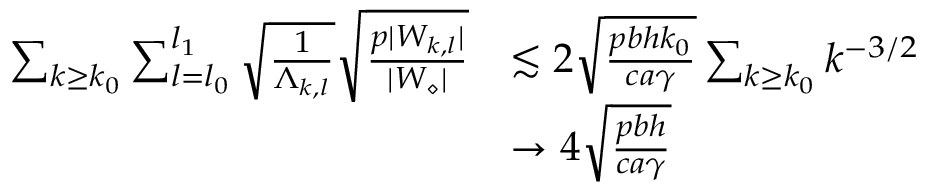
\begin{array} { r l } { \sum _ { k \geq k _ { 0 } } \sum _ { l = l _ { 0 } } ^ { l _ { 1 } } \sqrt { \frac { 1 } { \Lambda _ { k , l } } } \sqrt { \frac { p | W _ { k , l } | } { | W _ { \diamond } | } } } & { \lesssim 2 \sqrt { \frac { p b h k _ { 0 } } { c a \gamma } } \sum _ { k \geq k _ { 0 } } k ^ { - 3 / 2 } } \\ & { \to 4 \sqrt { \frac { p b h } { c a \gamma } } } \end{array}